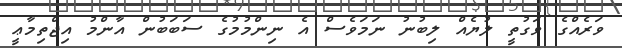
ވަރެއްގެ ވަގުތީ ލުޔެއް ލިބުނު ނަމަވެސް އެ ނިންމުމުގެ ސަބަބުން އާންމު އިޖްތިމާޢީ